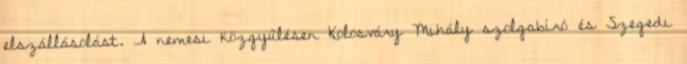
elszállásolást. A nemesi közgyűlésen Kolosváry Mihály szolgabíró és Szegedi